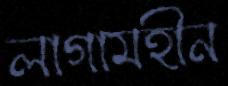
লাগামহীন